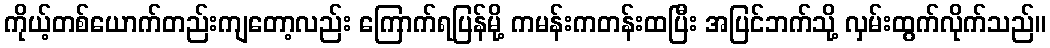
ကိုယ့်တစ်ယောက်တည်းကျတော့လည်း ကြောက်ရပြန်မို့ ကမန်းကတန်းထပြီး အပြင်ဘက်သို့ လှမ်းထွက်လိုက်သည်။